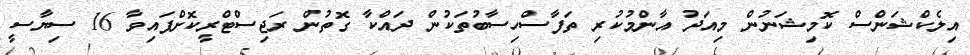
އިލެކްޝަންސް ކޮމިޝަނުން މިއަދު އާންމުކުރި ތަފާސްހިސާބުތަކުން ދައްކާ ގޮތުން ރަޖިސްޓްރީކޮށްފައިވާ 16 ސިޔާސީ